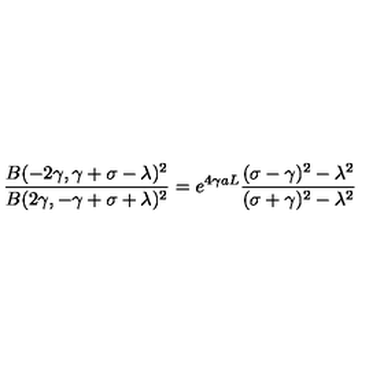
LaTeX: \frac { B ( - 2 \gamma , \gamma + \sigma - \lambda ) ^ { 2 } } { B ( 2 \gamma , - \gamma + \sigma + \lambda ) ^ { 2 } } = e ^ { 4 \gamma a L } \frac { ( \sigma - \gamma ) ^ { 2 } - \lambda ^ { 2 } } { ( \sigma + \gamma ) ^ { 2 } - \lambda ^ { 2 } }